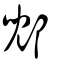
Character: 郳